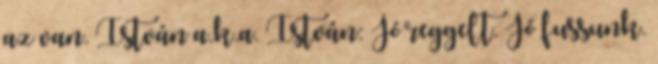
az van. István a.k.a. István: Jó reggelt. Jó fussunk.